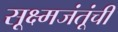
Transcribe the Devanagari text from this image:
सूक्ष्मजंतूंची